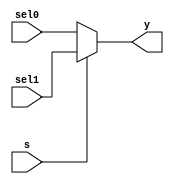
`timescale 1ns / 1ps
//////////////////////////////////////////////////////////////////////////////////
// Company: 
// Engineer: 
// 
// Design Name: 
// Module Name: MUX2
// Project Name: 
// Target Devices: 
// Tool Versions: 
// Description: 
// 
// Dependencies: 
// 
// Revision:
// Revision 0.01 - File Created
// Additional Comments:
// 
//////////////////////////////////////////////////////////////////////////////////


module MUX2 #(parameter MSB = 31, LSB = 0)(
    input [MSB: LSB] sel1, sel0,
    input s,
    output [MSB: LSB] y
    );
    assign y = s ? sel1 : sel0;
endmodule